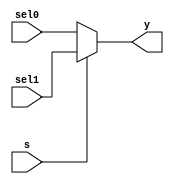
`timescale 1ns / 1ps
//////////////////////////////////////////////////////////////////////////////////
// Company: 
// Engineer: 
// 
// Design Name: 
// Module Name: MUX2
// Project Name: 
// Target Devices: 
// Tool Versions: 
// Description: 
// 
// Dependencies: 
// 
// Revision:
// Revision 0.01 - File Created
// Additional Comments:
// 
//////////////////////////////////////////////////////////////////////////////////


module MUX2 #(parameter MSB = 31, LSB = 0)(
    input [MSB: LSB] sel1, sel0,
    input s,
    output [MSB: LSB] y
    );
    assign y = s ? sel1 : sel0;
endmodule